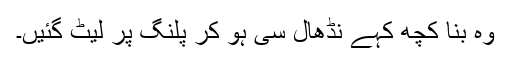
وہ بنا کچھ کہے نڈھال سی ہو کر پلنگ پر لیٹ گئیں۔